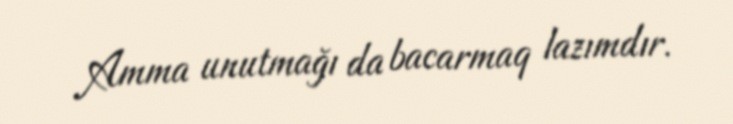
Amma unutmağı da bacarmaq lazımdır.